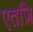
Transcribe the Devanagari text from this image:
एतज़ि